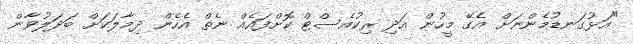
"އަޅުގަނޑުމެންނަށް އެގޭ މީހުން އަދި ރިކުއެސްޓް ކޮށްފައެއް ނެތް އެހެން ދިމާލަކަށް ބަދަލުވާން